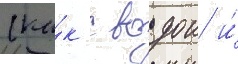
(ка́к с водои и́